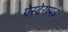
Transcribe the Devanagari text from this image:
ऐस्टेरायड